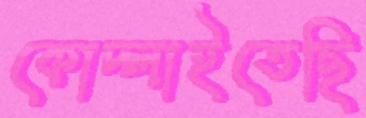
কোদ্‌লাইতেছি